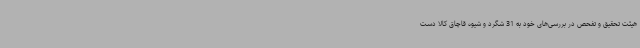
هیئت تحقیق و تفحص در بررسی‌های خود به 31 شگرد و شیوه قاچاق کالا دست